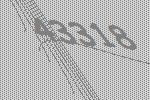
43318